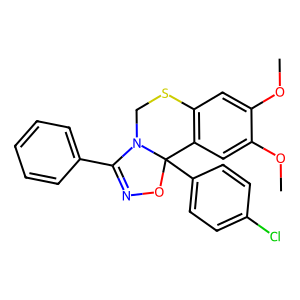
SMILES: COc1cc2c(cc1OC)C1(c3ccc(Cl)cc3)ON=C(c3ccccc3)N1CS2
Inhibits HIV replication: No